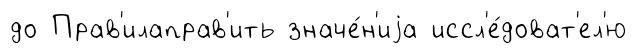
до Прав'илаправ'ить значе́н'иjа иссл'е́доват'ел'ю